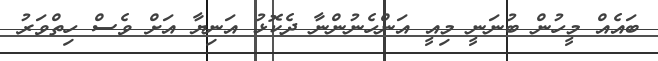
ބައެއް މީހުން ބުނަނީ މިއީ އަންހެނުންނާ ދެކޮޅު އަނިޔާ އަށް ވެސް ހިތްވަރު